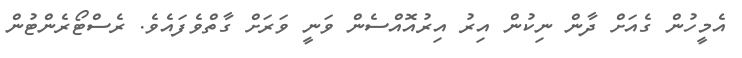
އެމީހުން ގެއަށް ދާން ނިކުން އިރު އިރުއޮއްސެން ވަނީ ވަރަށް ގާތްވެފައެވެ. ރެސްޓޯރެންޓުން